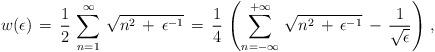
LaTeX: \begin{align*}w(\epsilon)\,=\,\frac{1}{2}\,\sum_{n=1}^{\infty}\,\sqrt{n^2\,+\,\epsilon^{-1}}\,=\,\frac{1}{4}\,\left(\sum_{n=-\infty}^{+\infty}\,\sqrt{n^2\,+\,\epsilon^{-1}}\,-\,\frac{1}{\sqrt{\epsilon}}\right)\,{,}\end{align*}